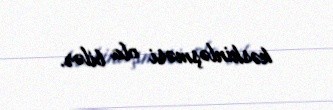
kəskinləşməsi ola bilər.